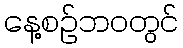
နေ့စဉ်ဘဝတွင်